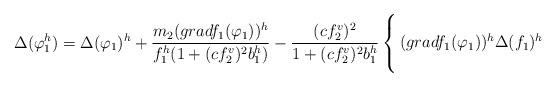
LaTeX: \begin{align*}\Delta(\varphi_1^h)=\Delta(\varphi_1)^h+\frac{m_2(gradf_1(\varphi_1))^h}{f_1^h(1+(cf_2^v)^2b_1^h)}-\frac{(cf_2^v)^2}{1+(cf_2^v)^2b_1^h}\left\{\begin{array}{lll}&\\\hskip-0.1cm(gradf_1(\varphi_1))^h\Delta(f_1)^h&\\&\\\end{array}\right.\end{align*}